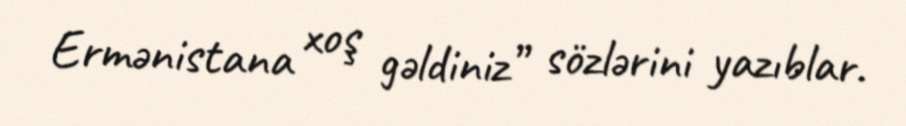
Ermənistana xoş gəldiniz” sözlərini yazıblar.